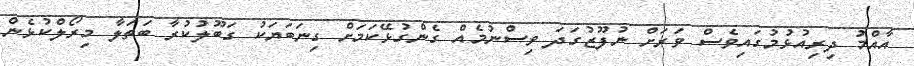
އާއްމު ދިރިއުޅުމުގައިވެސް ވަރަށް ނުފޫޒުގަދަ ވިސްނުމެއް ގެންގުޅޭކަމަށް ގިނަބަޔަކު ގަބޫލުކުރާ ބަތަލާ މިރޯލްކުޅެން